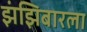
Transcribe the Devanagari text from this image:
झंझिबारला